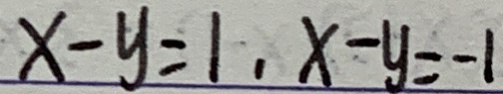
x - y = 1 , x - y = - 1